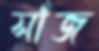
সাঁজ